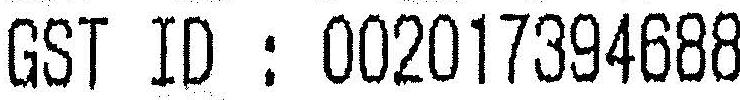
GST ID : 002017394688